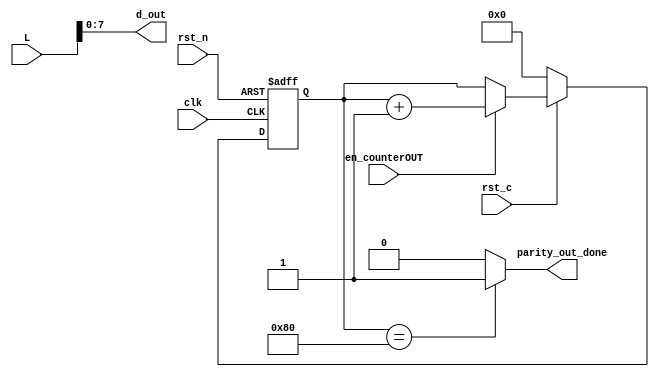
module parity_out(
			input clk,
			input rst_n,
			input en_counterOUT,
			input rst_c,
			input[1023:0] L,
			output parity_out_done,
			output[7:0] d_out
		);


reg[7:0] counterOUT;

always@(posedge clk or negedge rst_n)
	if(!rst_n)
		counterOUT<=0;
	else if(!rst_c)
		counterOUT<=0;
	else if(en_counterOUT)
		counterOUT<=counterOUT+1'b1;

assign d_out=L[7:0];

assign parity_out_done=(counterOUT==8'b10_000_000)?1:0;

endmodule